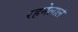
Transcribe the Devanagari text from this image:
रहनेलाले